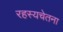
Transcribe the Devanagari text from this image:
रहस्यचेतना